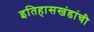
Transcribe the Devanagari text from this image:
इतिहासखंडांची